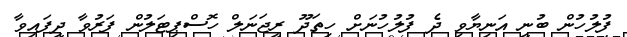
ފުލުހުން ބުނީ އަނިޔާވި ދެ ފުލުހުނަށް ހިތަދޫ ރީޖަނަލް ހޮސްޕިޓަލުން ފަރުވާ ދީފައިވާ